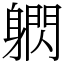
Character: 䠾